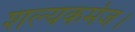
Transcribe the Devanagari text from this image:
शल्यकर्मज।